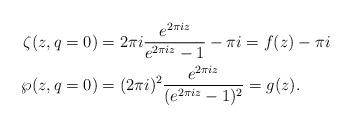
LaTeX: \begin{align*}\zeta(z, q=0) &= 2\pi i \frac{e^{2\pi i z}}{e^{2\pi i z}-1} - \pi i = f(z) - \pi i \\ \wp(z, q=0) &= (2\pi i)^2 \frac{e^{2\pi i z}}{(e^{2\pi i z}-1)^2} = g(z).\end{align*}